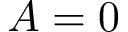
A = 0